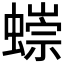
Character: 𧐿